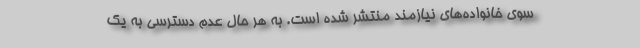
سوی خانواده‌های نیازمند منتشر شده است. به هر حال عدم دسترسی به یک